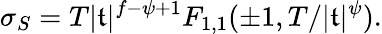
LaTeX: \sigma_{S}=T|\mathfrak{t}|^{f-\psi+1}F_{1,1}(\pm1,T/|\mathfrak{t}|^{\psi}).